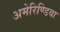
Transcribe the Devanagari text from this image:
अमेरिण्डिया